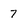
Character: 7